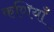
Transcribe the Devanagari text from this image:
कणियाँ